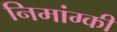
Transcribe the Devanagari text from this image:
निमांग्की